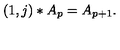
\left( 1 , j \right) \ast A _ { p } = A _ { p + 1 } .